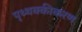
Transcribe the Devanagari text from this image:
पृथ्थक्कीकरण